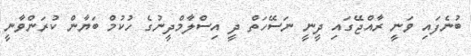
ބުނެފައި ވަނީ ރާއްޖޭގައި ދީނީ ނަސޭހަތް ދީ އިސްލާމްދީނުގެ ހުކުމް ބަޔާން ކުރަންވާނީ